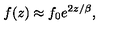
f ( z ) \approx f _ { 0 } e ^ { 2 z / \beta } ,